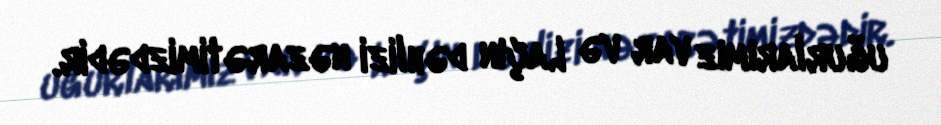
uğurlarımız var və Laçın dəhlizi nəzarətimizdədir.